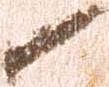
候